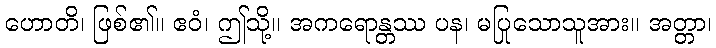
ဟောတိ၊ ဖြစ်၏။ ဧဝံ၊ ဤသို့။ အကရောန္တဿ ပန၊ မပြုသောသူအား။ အတ္တာ၊